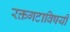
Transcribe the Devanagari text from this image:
रक्तगटाविषयी